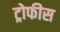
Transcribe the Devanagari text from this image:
ट्रोफीस